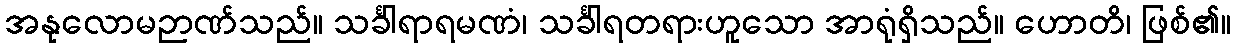
အနုလောမဉာဏ်သည်။ သင်္ခါရာရမဏံ၊ သင်္ခါရတရားဟူသော အာရုံရှိသည်။ ဟောတိ၊ ဖြစ်၏။